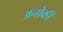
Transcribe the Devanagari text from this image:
अनोकी